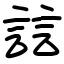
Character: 誩